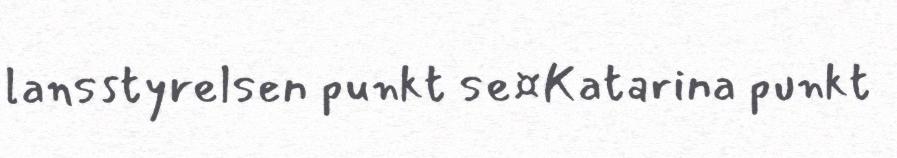
lansstyrelsen punkt se¤Katarina punkt